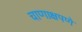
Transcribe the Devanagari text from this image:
चाणाक्षपणे